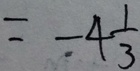
= - 4 \frac { 1 } { 3 }